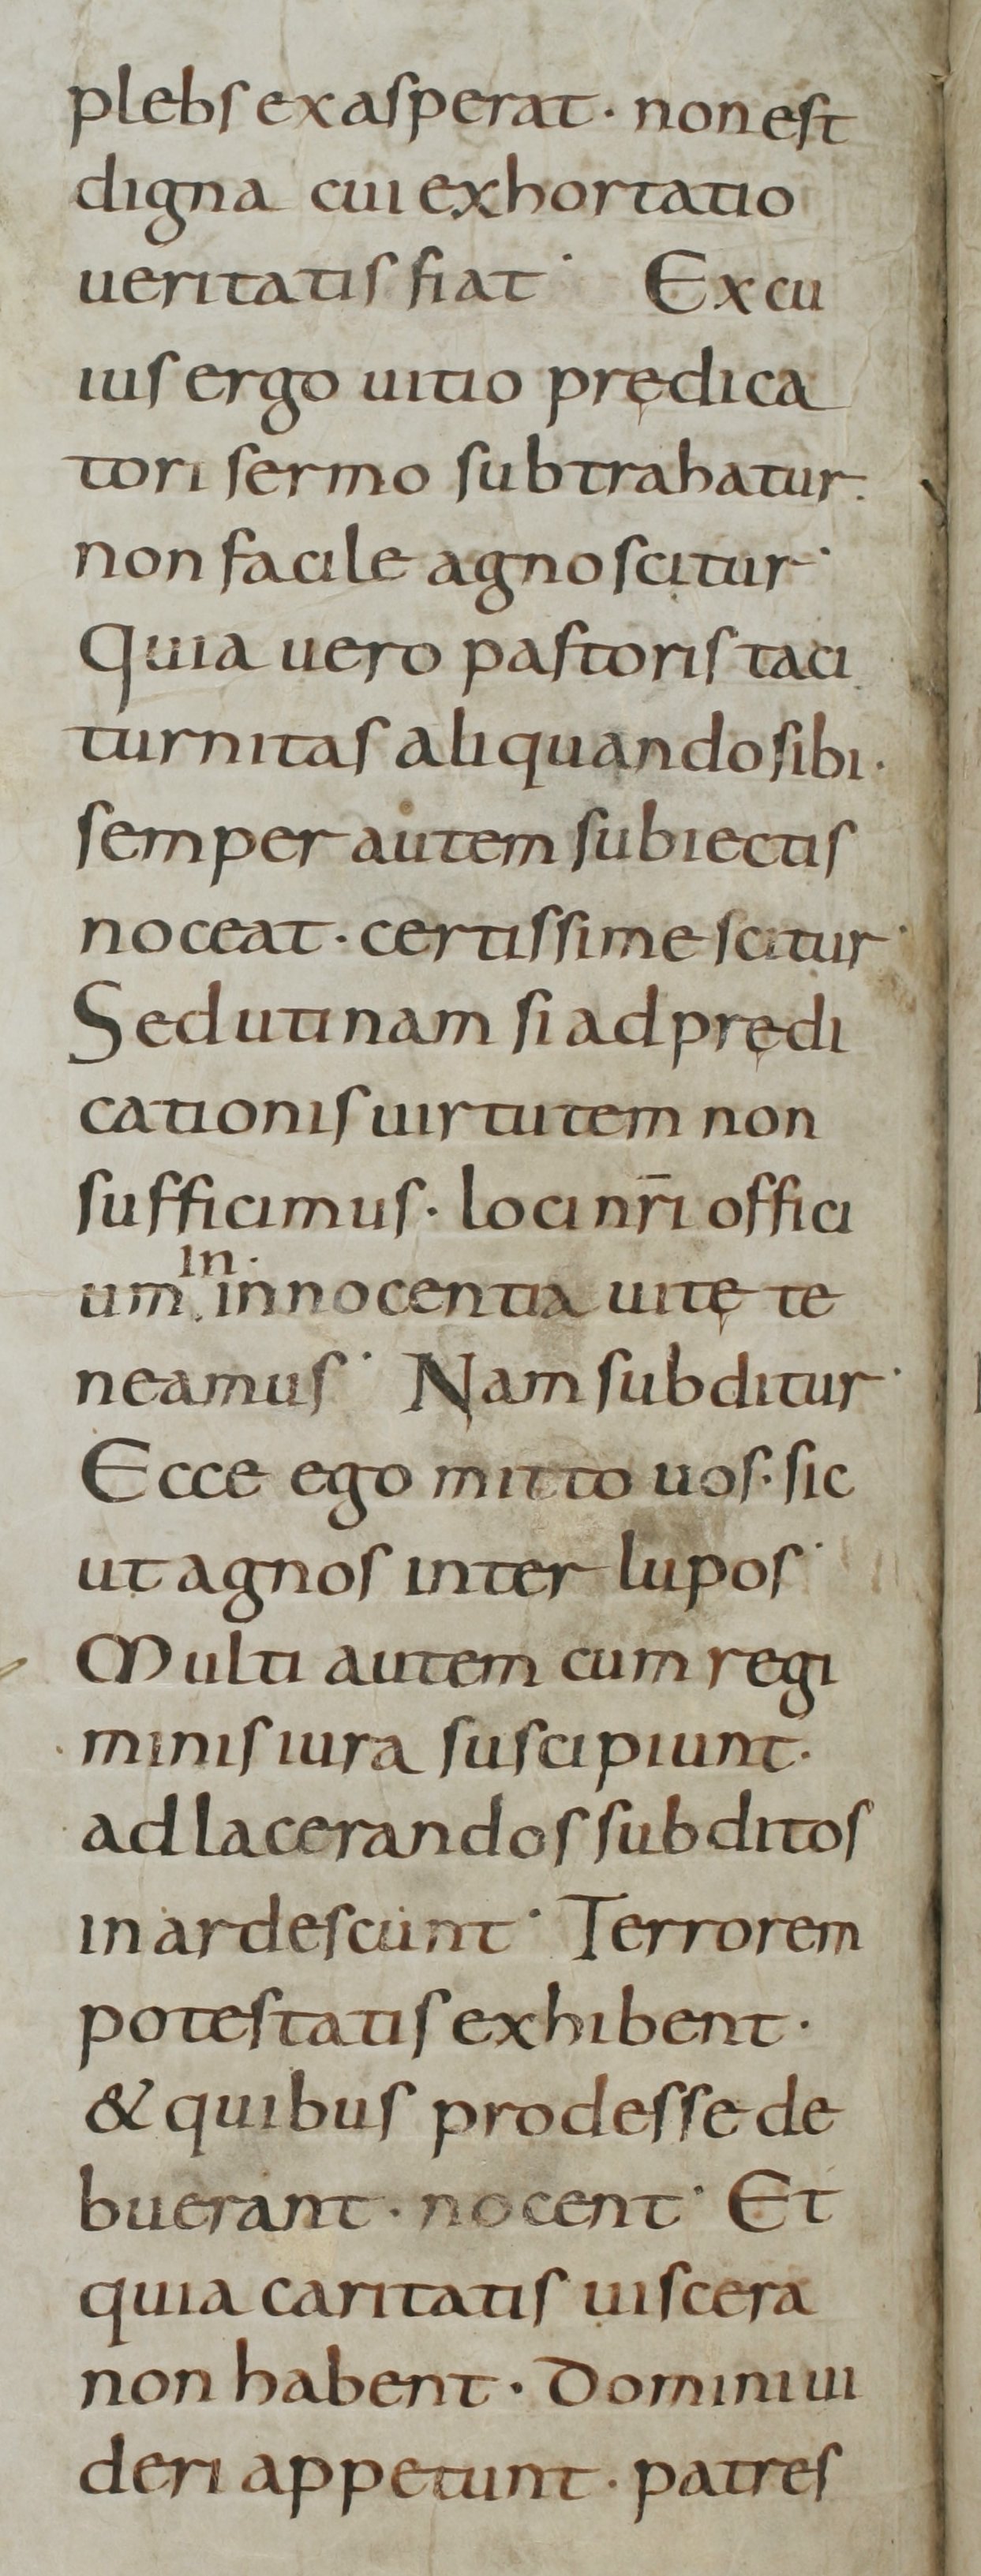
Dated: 800–899